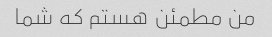
من مطمئن هستم که شما